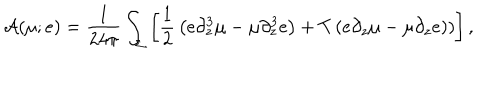
LaTeX: { \cal A } ( \mu ; e ) = { \frac { 1 } { 2 4 \pi } } \int _ { \Sigma } \left[ { \frac { 1 } { 2 } } \left( e \partial _ { z } ^ { 3 } \mu - \mu \partial _ { z } ^ { 3 } e \right) + T \left( e \partial _ { z } \mu - \mu \partial _ { z } e ) \right) \right] ,